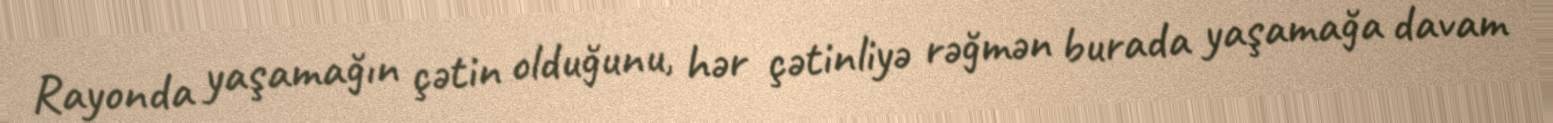
Rayonda yaşamağın çətin olduğunu, hər çətinliyə rəğmən burada yaşamağa davam